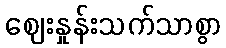
ဈေးနှုန်းသက်သာစွာ